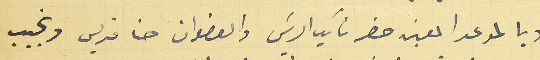
وبالموعد المعين حضر نائب الريسَ والعضوان حنا قديس ونجيب